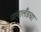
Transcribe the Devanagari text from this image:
नागालँडचा